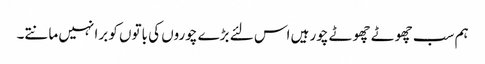
ہم سب چھوٹے چھوٹے چور ہیں اس لئے بڑے چوروں کی باتوں کو برا نہیں مانتے۔